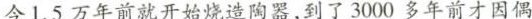
今1.5万年前就开始烧造陶器。到了3000多年前才因偶